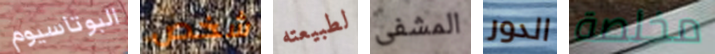
البوتاسيوم شخص لطبيعته المشفى الدور مخلصة